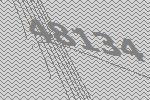
48134